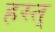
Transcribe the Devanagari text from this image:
हस्त्